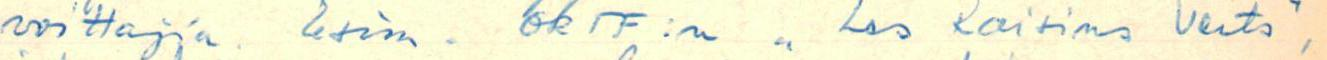
voittajia. Esim.  ORTF:n "Les Raisins Verts",